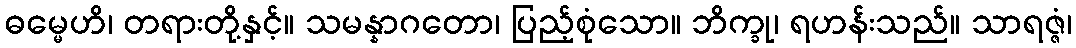
ဓမ္မေဟိ၊ တရားတို့နှင့်။ သမန္နာဂတော၊ ပြည့်စုံသော။ ဘိက္ခု၊ ရဟန်းသည်။ သာရဇ္ဇံ၊